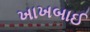
ખાખબાઈ